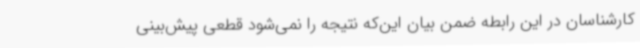
کارشناسان در این رابطه ضمن بیان این‌که نتیجه را نمی‌شود قطعی پیش‌بینی